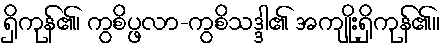
ရှိကုန်၏၊ ကွစိပ္ဖလာ-ကွစိသဒ္ဒါ၏ အကျိုးရှိကုန်၏။